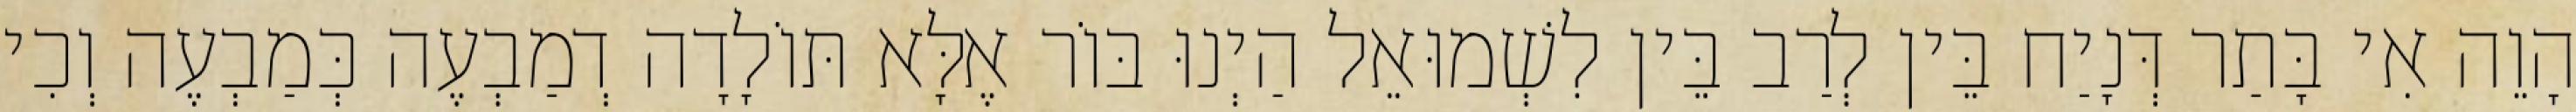
הָוֵה אִי בָּתַר דְּנָיַח בֵּין לְרַב בֵּין לִשְׁמוּאֵל הַיְנוּ בּוֹר אֶלָּא תּוֹלָדָה דְמַבְעֶה כְּמַבְעֶה וְכִי